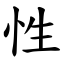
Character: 性